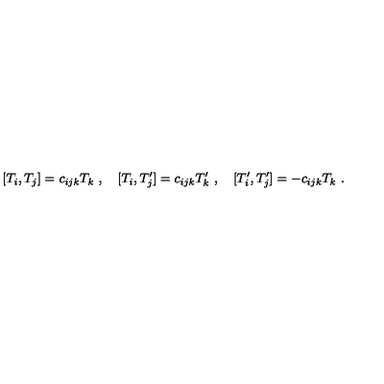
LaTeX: [ T _ { i } , T _ { j } ] = c _ { i j k } T _ { k } \ , \quad [ T _ { i } , T _ { j } ^ { \prime } ] = c _ { i j k } T _ { k } ^ { \prime } \ , \quad [ T _ { i } ^ { \prime } , T _ { j } ^ { \prime } ] = - c _ { i j k } T _ { k } \ .